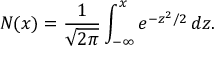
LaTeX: N ( x ) = { \frac { 1 } { \sqrt { 2 \pi } } } \int _ { - \infty } ^ { x } e ^ { - z ^ { 2 } / 2 } \, d z .